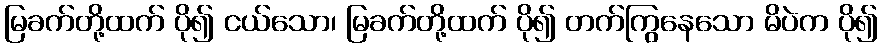
မြခက်တို့ထက် ပို၍ ငယ်သော၊ မြခက်တို့ထက် ပို၍ တက်ကြွနေသော မိပဲက ပို၍